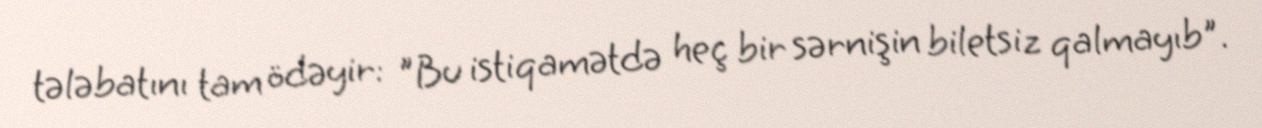
tələbatını tam ödəyir: "Bu istiqamətdə heç bir sərnişin biletsiz qalmayıb".